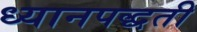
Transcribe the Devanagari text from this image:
ध्यानपद्धती